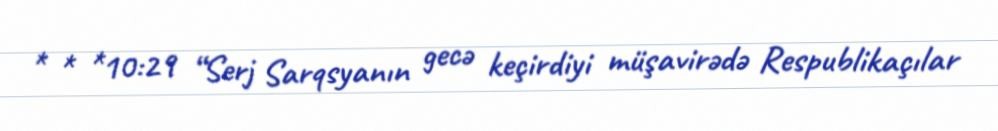
* * *10:29 “Serj Sarqsyanın gecə keçirdiyi müşavirədə Respublikaçılar